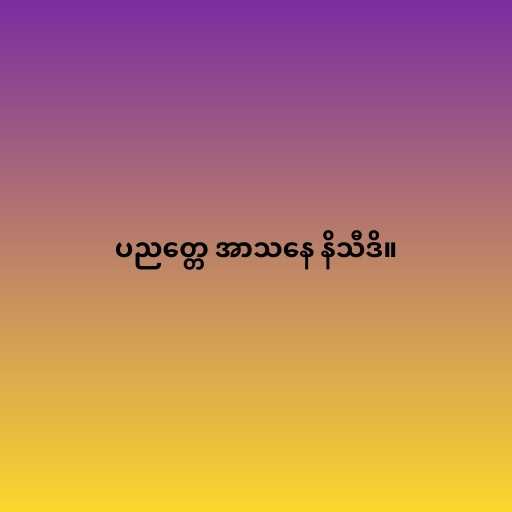
ပညတ္တေ အာသနေ နိသီဒိ။